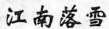
江南落雪